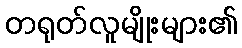
တရုတ်လူမျိုးများ၏